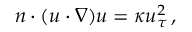
n \cdot ( u \cdot \nabla ) u = \kappa u _ { \tau } ^ { 2 } \, ,